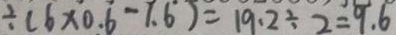
\div ( 6 \times 0 . 6 - 1 . 6 ) = 1 9 . 2 \div 2 = 9 . 6